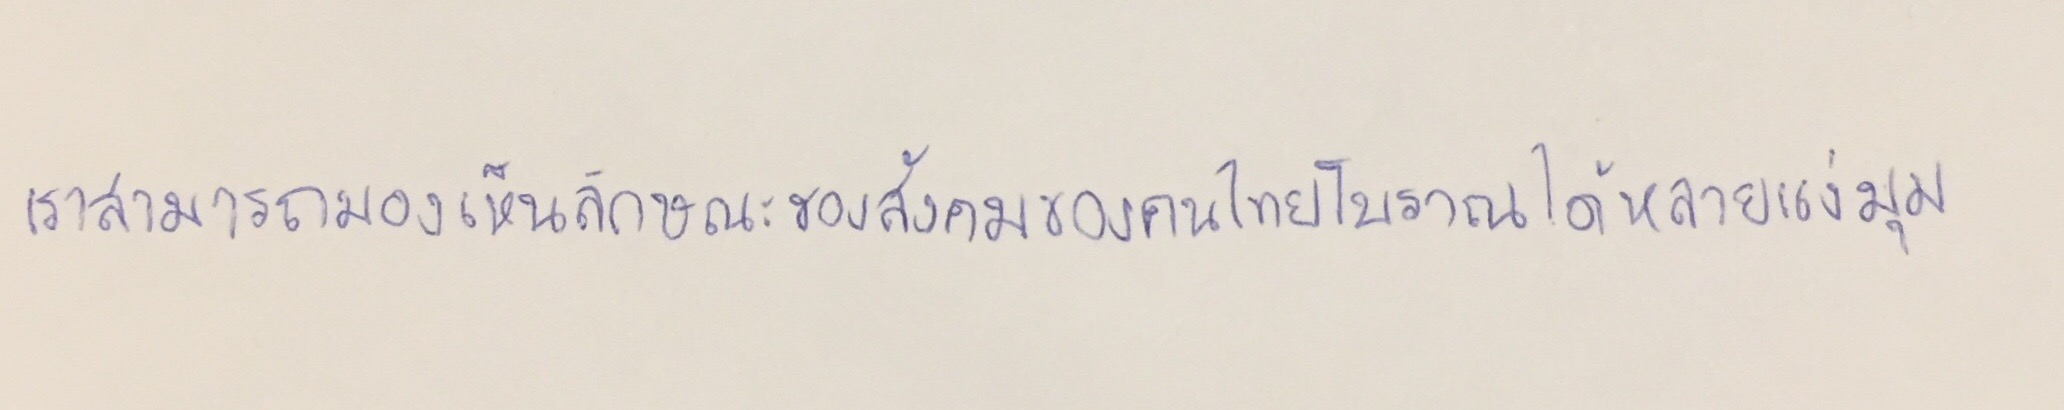
เราสามารถมองเห็นลักษณะของสังคมของคนไทยโบราณได้หลายแง่มุม